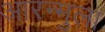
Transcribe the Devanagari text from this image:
आरन्मुला